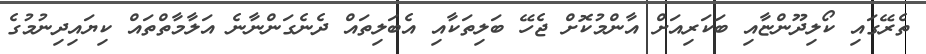
ތެރޭގައި ކޯލިދޫންޏާއި ބަކަރިއަށް އާންމުކޮށް ޖެހޭ ބަލިތަކާއި އެބަލިތައް ދެނެގަންނާނެ އަލާމާތްތައް ކިޔައިދިނުމުގެ